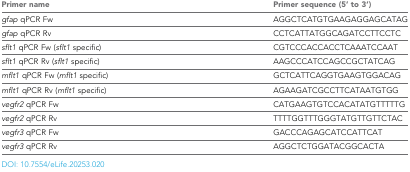
<table><thead><tr><td><b>Primer name</b></td><td><b>Primer sequence (5&#x27; to 3&#x27;)</b></td></tr></thead><tbody><tr><td><i>gfap</i> qPCR Fw</td><td>AGGCTCATGTGAAGAGGAGCATAG</td></tr><tr><td><i>gfap</i> qPCR Rv</td><td>CCTCATTATGGCAGATCCTTCCTC</td></tr><tr><td><i>sflt1</i> qPCR Fw (<i>sflt1</i> specific)</td><td>CGTCCCACCACCTCAAATCCAAT</td></tr><tr><td><i>sflt1</i> qPCR Rv (<i>sflt1</i> specific)</td><td>AAGCCCATCCAGCCGCTATCAG</td></tr><tr><td><i>mflt1</i> qPCR Fw (<i>mflt1</i> specific)</td><td>GCTCATTCAGGTGAAGTGGACAG</td></tr><tr><td><i>mflt1</i> qPCR Rv (<i>mflt1</i> specific)</td><td>AGAAGATCGCCTTCATAATGTGG</td></tr><tr><td><i>vegfr2</i> qPCR Fw</td><td>CATGAAGTGTCCACATATGTTTTTG</td></tr><tr><td><i>vegfr2</i> qPCR Rv</td><td>TTTTGGTTTGGGTATGTTGTTCTAC</td></tr><tr><td><i>vegfr3</i> qPCR Fw</td><td>GACCCAGAGCATCCATTCAT</td></tr><tr><td><i>vegfr3</i> qPCR Rv</td><td>AGGCTCTGGATACGGCACTA</td></tr></tbody></table>